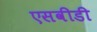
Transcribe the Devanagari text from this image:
एसवीडी